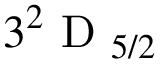
3 ^ { 2 } \mathrm { ~ D ~ } _ { 5 / 2 }